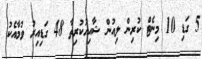
5 ގަޑި 10 މިނެޓް ކުރިން ލިއުން ޝާއިއުކުރިތާ 48 ގަޑިއިރު ވުމާއެކު